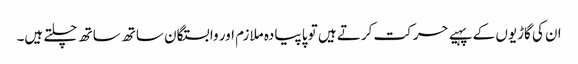
ان کی گاڑیوں کے پہیے حرکت کرتے ہیں تو پا پیادہ ملازم اور وابستگان ساتھ ساتھ چلتے ہیں۔